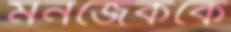
মনজেককে